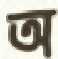
অ